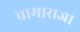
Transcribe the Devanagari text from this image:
चामाराजा